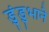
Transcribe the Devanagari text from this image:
डुंडुभाने